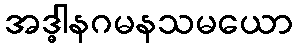
အဒ္ဓါနဂမနသမယော